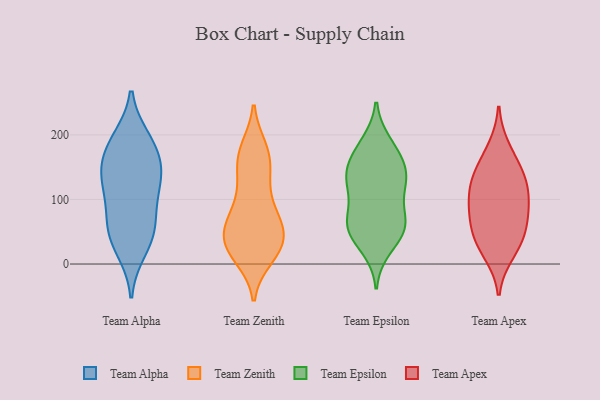
{"axis": {"x": "Net Income (USD K)", "y": "Value"}, "legend": ["Team Alpha", "Team Apex", "Team Epsilon", "Team Zenith"], "data": [{"x": "", "y": 192, "type": "Team Alpha"}, {"x": "", "y": 49, "type": "Team Alpha"}, {"x": "", "y": 94, "type": "Team Alpha"}, {"x": "", "y": 141, "type": "Team Alpha"}, {"x": "", "y": 48, "type": "Team Alpha"}, {"x": "", "y": 61, "type": "Team Alpha"}, {"x": "", "y": 186, "type": "Team Alpha"}, {"x": "", "y": 147, "type": "Team Alpha"}, {"x": "", "y": 176, "type": "Team Alpha"}, {"x": "", "y": 23, "type": "Team Alpha"}, {"x": "", "y": 122, "type": "Team Alpha"}, {"x": "", "y": 129, "type": "Team Alpha"}, {"x": "", "y": 12, "type": "Team Zenith"}, {"x": "", "y": 31, "type": "Team Zenith"}, {"x": "", "y": 27, "type": "Team Zenith"}, {"x": "", "y": 20, "type": "Team Zenith"}, {"x": "", "y": 99, "type": "Team Zenith"}, {"x": "", "y": 169, "type": "Team Zenith"}, {"x": "", "y": 177, "type": "Team Zenith"}, {"x": "", "y": 76, "type": "Team Zenith"}, {"x": "", "y": 56, "type": "Team Zenith"}, {"x": "", "y": 162, "type": "Team Zenith"}, {"x": "", "y": 131, "type": "Team Zenith"}, {"x": "", "y": 24, "type": "Team Zenith"}, {"x": "", "y": 135, "type": "Team Zenith"}, {"x": "", "y": 48, "type": "Team Zenith"}, {"x": "", "y": 26, "type": "Team Zenith"}, {"x": "", "y": 72, "type": "Team Zenith"}, {"x": "", "y": 71, "type": "Team Zenith"}, {"x": "", "y": 173, "type": "Team Zenith"}, {"x": "", "y": 49, "type": "Team Zenith"}, {"x": "", "y": 108, "type": "Team Epsilon"}, {"x": "", "y": 165, "type": "Team Epsilon"}, {"x": "", "y": 129, "type": "Team Epsilon"}, {"x": "", "y": 56, "type": "Team Epsilon"}, {"x": "", "y": 62, "type": "Team Epsilon"}, {"x": "", "y": 25, "type": "Team Epsilon"}, {"x": "", "y": 136, "type": "Team Epsilon"}, {"x": "", "y": 129, "type": "Team Epsilon"}, {"x": "", "y": 57, "type": "Team Epsilon"}, {"x": "", "y": 152, "type": "Team Epsilon"}, {"x": "", "y": 74, "type": "Team Epsilon"}, {"x": "", "y": 187, "type": "Team Epsilon"}, {"x": "", "y": 179, "type": "Team Epsilon"}, {"x": "", "y": 130, "type": "Team Epsilon"}, {"x": "", "y": 65, "type": "Team Epsilon"}, {"x": "", "y": 44, "type": "Team Epsilon"}, {"x": "", "y": 135, "type": "Team Apex"}, {"x": "", "y": 17, "type": "Team Apex"}, {"x": "", "y": 148, "type": "Team Apex"}, {"x": "", "y": 103, "type": "Team Apex"}, {"x": "", "y": 62, "type": "Team Apex"}, {"x": "", "y": 102, "type": "Team Apex"}, {"x": "", "y": 66, "type": "Team Apex"}, {"x": "", "y": 179, "type": "Team Apex"}, {"x": "", "y": 43, "type": "Team Apex"}, {"x": "", "y": 133, "type": "Team Apex"}, {"x": "", "y": 93, "type": "Team Apex"}, {"x": "", "y": 31, "type": "Team Apex"}]}